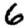
Digit: 6